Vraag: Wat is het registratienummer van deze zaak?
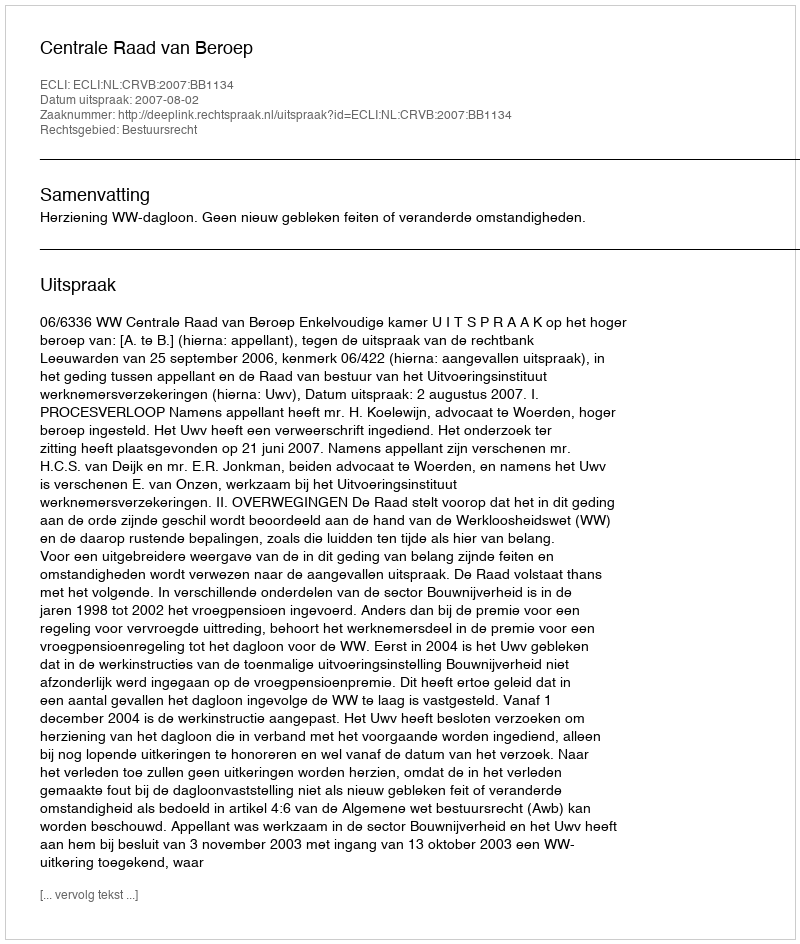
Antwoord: http://deeplink.rechtspraak.nl/uitspraak?id=ECLI:NL:CRVB:2007:BB1134